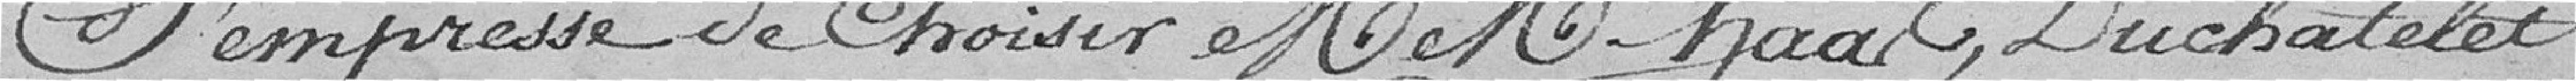
S'empresse de choisir Messieurs  , Duchatelet